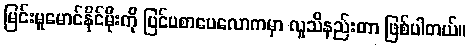
မြင်းမူမောင်နိုင်မိုးကို ပြင်ပစာပေလောကမှာ လူသိနည်းတာ ဖြစ်ပါတယ်။